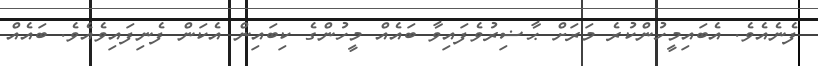
ފެނެއެވެ. އެބައިމީހުންކުރެ މަރަށް ޙާޟިރުވެފައިވާ ބައެއް މީހުންގެ ކިބައިން އެކަން ފެނިފައިވެއެވެ. ބައެއް